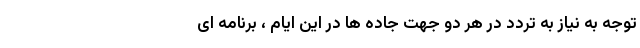
توجه به نیاز به تردد در هر دو جهت جاده ها در این ایام ، برنامه ای